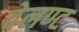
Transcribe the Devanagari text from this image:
वेलण्ट